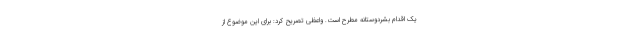
یک اقدام بشردوستانه مطرح است. واعظی تصریح کرد:‌ برای این موضوع از